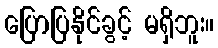
ပြောပြနိုင်ခွင့် မရှိဘူး။